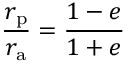
{ \frac { r _ { \mathrm { p } } } { r _ { \mathrm { a } } } } = { \frac { 1 - e } { 1 + e } }